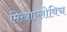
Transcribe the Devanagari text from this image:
मिख़ाय्लोविच